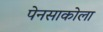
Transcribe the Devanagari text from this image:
पेनसाकोला